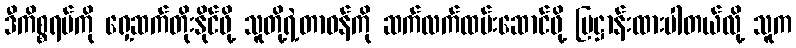
ဒီကိစ္စရပ်ကို ရှေ့ဆက်တိုးနိုင်ဖို့ သူတို့ရဲ့တာဝန်ကို ဆက်လက်ထမ်းဆောင်ဖို့ ပြဋ္ဌာန်းထားပါတယ်လို့ သူက